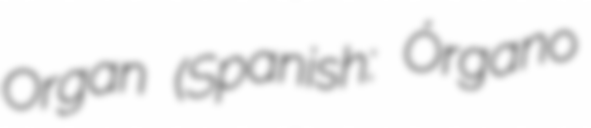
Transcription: Organ (Spanish: Órgano